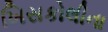
ખિસકોલીના